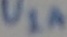
Text: U1A